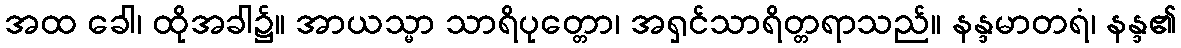
အထ ခေါ၊ ထိုအခါ၌။ အာယသ္မာ သာရိပုတ္တော၊ အရှင်သာရိတ္တရာသည်။ နန္ဒမာတရံ၊ နန္ဒ၏